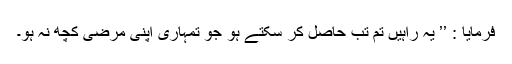
فرمایا : ’’ یہ راہیں تم تب حاصل کر سکتے ہو جو تمہاری اپنی مرضی کچھ نہ ہو۔